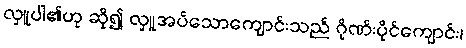
လှူပါ၏ဟု ဆို၍ လှူအပ်သောကျောင်းသည် ဂိုဏ်းပိုင်ကျောင်း၊